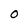
Character: O